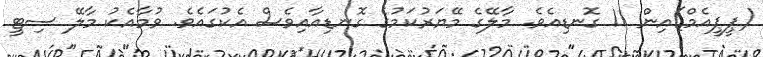
(ޕީޕީއެމް)އިން 11 ގޮނޑިއެވެ. މާލޭގެ މޭޔަރުކަމުގެ ގޮނޑިއާއިވެސް އެކުގައެވެ. ވުމާއެކު މާލޭ ސިޓީ